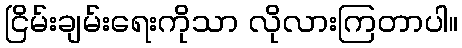
ငြိမ်းချမ်းရေးကိုသာ လိုလားကြတာပါ။